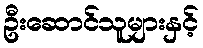
ဦးဆောင်သူများနှင့်